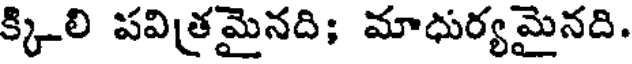
క్కిలి పవిత్రమైనది; మాధుర్యమైనది.